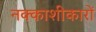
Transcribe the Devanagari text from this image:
नक्काशीकारों